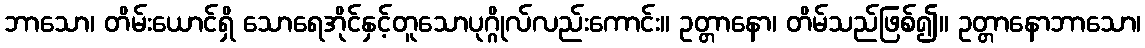
ဘာသော၊ တိမ်းယောင်ရှိ သောရေအိုင်နှင့်တူသောပုဂ္ဂိုလ်လည်းကောင်း။ ဥတ္တာနော၊ တိမ်သည်ဖြစ်၍။ ဥတ္တာနောဘာသော၊